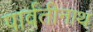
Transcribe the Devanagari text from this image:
पार्वतीनाथ